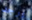
يوجد